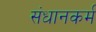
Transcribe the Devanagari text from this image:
संधानकर्म